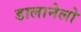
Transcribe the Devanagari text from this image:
डालानेलो